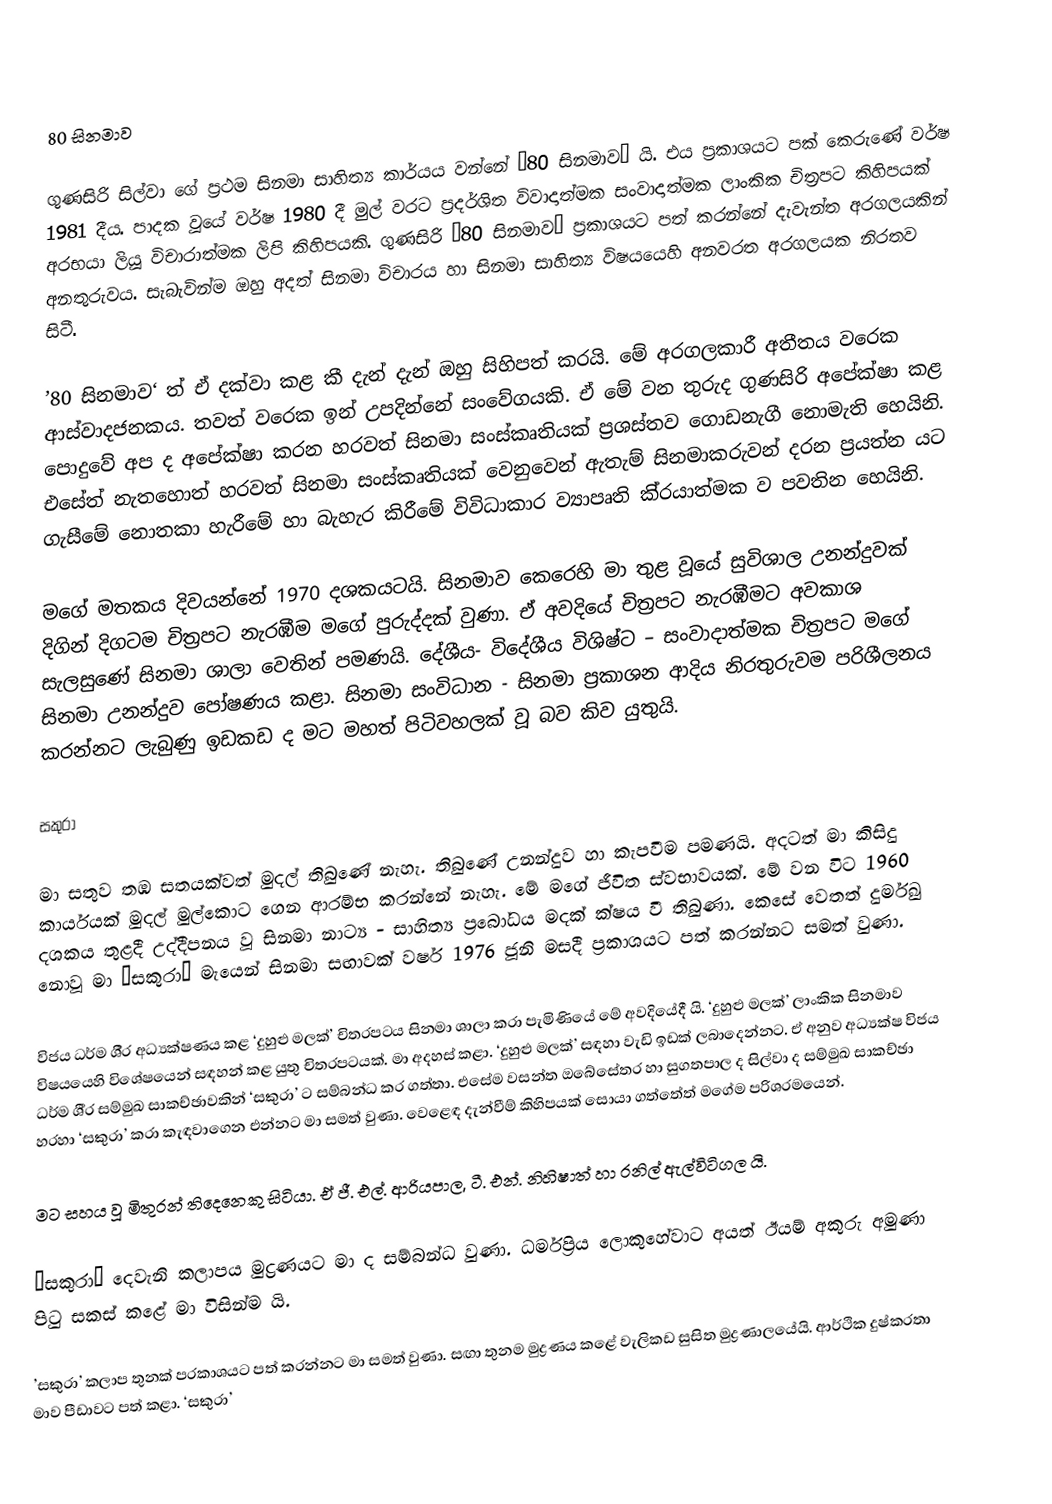

80 සිනමාව

ගුණසිරි සිල්වා ගේ ප‍්‍රථම සිනමා සාහිත්‍ය කාර්යය වන්නේ ’80 සිනමාව‘ යි. එය ප‍්‍රකාශයට පක් කෙරුණේ වර්ෂ 1981 දීය. පාදක වූයේ වර්ෂ 1980 දී මුල් වරට ප‍්‍රදර්ශිත විවාදාත්මක සංවාදාත්මක ලාංකික චිත‍්‍රපට කිහිපයක් අරභයා ලියූ විචාරාත්මක ලිපි කිහිපයකි. ගුණසිරි ’80 සිනමාව‘ ප‍්‍රකාශයට පත් කරන්නේ දැවැන්ත අරගලයකින් අනතුරුවය. සැබැවින්ම ඔහු අදත් සිනමා විචාරය හා සිනමා සාහිත්‍ය විෂයයෙහි අනවරත අරගලයක නිරතව සිටී.

’80 සිනමාව‘ ත් ඒ දක්වා කළ කී දැන් දැන් ඔහු සිහිපත් කරයි. මේ අරගලකාරී අතීතය වරෙක ආස්වාදජනකය. තවත් වරෙක ඉන් උපදින්නේ සංවේගයකි. ඒ මේ වන තුරුද ගුණසිරි අපේක්ෂා කළ පොදුවේ අප ද අපේක්ෂා කරන හරවත් සිනමා සංස්කෘතියක් ප‍්‍රශස්තව ගොඩනැගී නොමැති හෙයිනි. එසේත් නැතහොත් හරවත් සිනමා සංස්කෘතියක් වෙනුවෙන් ඇතැම් සිනමාකරුවන් දරන ප‍්‍රයත්න යට ගැසීමේ නොතකා හැරීමේ හා බැහැර කිරීමේ විවිධාකාර ව්‍යාපෘති කි‍්‍රයාත්මක ව පවතින හෙයිනි.

මගේ මතකය දිවයන්නේ 1970 දශකයටයි. සිනමාව කෙරෙහි මා තුළ වූයේ සුවිශාල උනන්දුවක් දිගින් දිගටම චිත‍්‍රපට නැරඹීම මගේ පුරුද්දක් වුණා. ඒ අවදියේ චිත‍්‍රපට නැරඹීමට අවකාශ සැලසුණේ සිනමා ශාලා වෙතින් පමණයි. දේශීය- විදේශීය විශිෂ්ට – සංවාදාත්මක චිත‍්‍රපට මගේ සිනමා උනන්දුව පෝෂණය කළා. සිනමා සංවිධාන - සිනමා ප‍්‍රකාශන ආදිය නිරතුරුවම පරිශීලනය කරන්නට ලැබුණු ඉඩකඩ ද මට මහත් පිටිවහලක් වූ බව කිව යුතුයි.

සකුරා

මා සතුව තඹ සතයක්වත් මුදල් තිබුණේ නැහැ. තිබුණේ උනන්දුව හා කැපවීම පමණයි. අදටත් මා කිසිදු කාර්යයක් මුදල් මුල්කොට ගෙන ආරම්භ කරන්නේ නැහැ. මේ මගේ ජීවිත ස්වභාවයක්. මේ වන විට 1960 දශකය තුළදී උද්දීපනය වූ සිනමා නාට්‍ය - සාහිත්‍ය ප‍්‍රබෝධය මදක් ක්ෂය වී තිබුණා. කෙසේ වෙතත් දුර්මුඛ නොවූ මා ‘සකුරා’ මැයෙන් සිනමා සඟාවක් වර්ෂ 1976 ජූනි මසදී ප‍්‍රකාශයට පත් කරන්නට සමත් වුණා.

විජය ධර්ම ශී‍්‍ර අධ්‍යක්ෂණය කළ ‘දුහුළු මලක්’ චිත‍්‍රපටය සිනමා ශාලා කරා පැමිණියේ මේ අවදියේදී යි. ‘දුහුළු මලක්’ ලාංකික සිනමාව විෂයයෙහි විශේෂයෙන් සඳහන් කළ යුතු චිත‍්‍රපටයක්. මා අදහස් කළා. ‘දුහුළු මලක්’ සඳහා වැඩි ඉඩක් ලබාදෙන්නට. ඒ අනුව අධ්‍යක්ෂ විජය ධර්ම ශී‍්‍ර සම්මුඛ සාකච්ඡාවකින් ‘සකුරා’ ට සම්බන්ධ කර ගත්තා. එසේම වසන්ත ඔබේසේතර හා සුගතපාල ද සිල්වා ද සම්මුඛ සාකච්ඡා හරහා ‘සකුරා’ කරා කැඳවාගෙන එන්නට මා සමත් වුණා. වෙළෙඳ දැන්වීම් කිහිපයක් සොයා ගත්තේත් මගේම පරිශ‍්‍රමයෙන්.

මට සහය වූ මිතුරන් තිදෙනෙකු සිටියා. ඒ ජී. එල්. ආරියපාල, ටී. එන්. නිහිෂාත් හා රනිල් ඇල්විටිගල යි.

’සකුරා’ දෙවැනි කලාපය මුද්‍රණයට මා ද සම්බන්ධ වුණා. ධර්මප‍්‍රිය ලොකුහේවාට අයත් ඊයම් අකුරු අමුණා පිටු සකස් කළේ මා විසින්ම යි.

’සකුරා’ කලාප තුනක් ප‍්‍රකාශයට පත් කරන්නට මා සමත් වුණා. සඟා තුනම මුද්‍රණය කළේ වැලිකඩ සුසිත මුද්‍රණාලයේයි. ආර්ථික දුෂ්කරතා මාව පීඩාවට පත් කළා. ‘සකුරා’